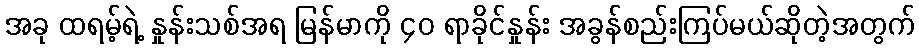
အခု ထရမ့်ရဲ့ နှုန်းသစ်အရ မြန်မာကို ၄၀ ရာခိုင်နှုန်း အခွန်စည်းကြပ်မယ်ဆိုတဲ့အတွက်